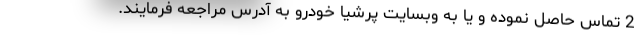
2 تماس حاصل نموده و یا به وبسایت پرشیا خودرو به آدرس مراجعه فرمایند.